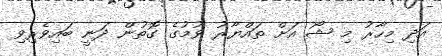
އަދި މިހާރު މި ޝޯ އަށް ތައްޔާރު ވުމުގެ ގޮތުން ދަނީ ބައިވެރިވި